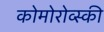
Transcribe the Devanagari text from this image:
कोमोरोव्स्की